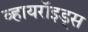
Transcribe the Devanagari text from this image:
व्हायरॉइड्स